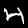
Label: 4